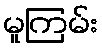
မူကြမ်း